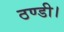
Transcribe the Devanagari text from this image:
ठण्डी।